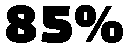
85%